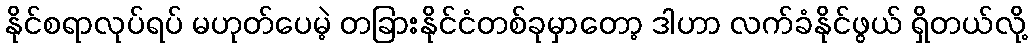
နိုင်စရာလုပ်ရပ် မဟုတ်ပေမဲ့ တခြားနိုင်ငံတစ်ခုမှာတော့ ဒါဟာ လက်ခံနိုင်ဖွယ် ရှိတယ်လို့